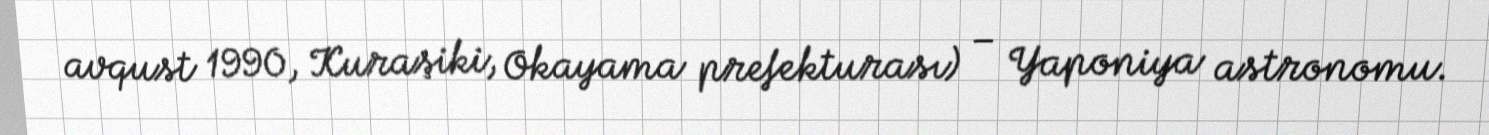
avqust 1990, Kuraşiki, Okayama prefekturası) – Yaponiya astronomu.